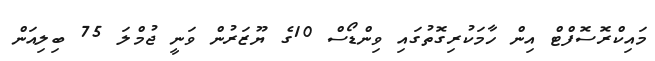
މައިކްރޮސޮފްޓް އިން ހާމަކުރިގޮތުގައި ވިންޑޯސް 10ގެ ޔޫޒަރުން ވަނީ ޖުމްލަ 75 ބިލިއަން